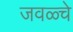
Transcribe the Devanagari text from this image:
जवळ्चे